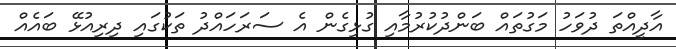
އާދީއްތަ ދުވަހު މަގުތައް ބަންދުކުރުމާއި ގުޅިގެން އެ ސަރަހައްދު ތަކުގައި ދިރިއުޅޭ ބައެއް